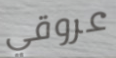
عروقي